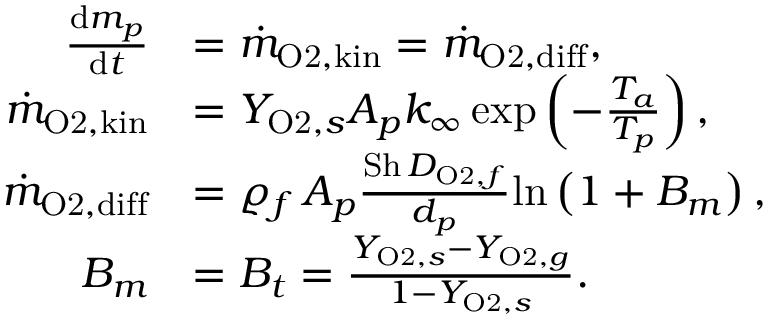
\begin{array} { r l } { \frac { \mathrm { d } m _ { p } } { \mathrm { d } t } } & { = \dot { m } _ { \mathrm { O 2 , k i n } } = \dot { m } _ { \mathrm { O 2 , d i f f } } , } \\ { \dot { m } _ { \mathrm { O 2 , k i n } } } & { = Y _ { \mathrm { O 2 } , s } A _ { p } k _ { \infty } \, \mathrm { e x p } \left( - \frac { T _ { a } } { T _ { p } } \right) , } \\ { \dot { m } _ { \mathrm { O 2 , d i f f } } } & { = \varrho _ { f } \, A _ { p } \frac { \mathrm { S h } \, D _ { \mathrm { O 2 } , f } } { d _ { p } } \mathrm { l n } \left( 1 + B _ { m } \right) , } \\ { B _ { m } } & { = B _ { t } = \frac { Y _ { \mathrm { O 2 } , s } - Y _ { \mathrm { O 2 } , g } } { 1 - Y _ { \mathrm { O 2 } , s } } . } \end{array}